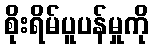
စိုးရိမ်ပူပန်မှုကို